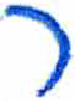
אות: ר